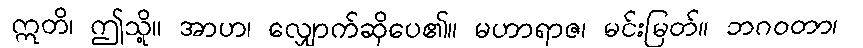
ဣတိ၊ ဤသို့။ အာဟ၊ လျှောက်ဆိုပေ၏။ မဟာရာဇ၊ မင်းမြတ်။ ဘဂဝတာ၊